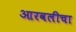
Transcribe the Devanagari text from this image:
आरवलीचा